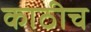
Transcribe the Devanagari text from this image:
काठीच